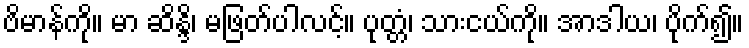
ဗိမာန်ကို။ မာ ဆိန္ဒိ၊ မဖြတ်ပါလင့်။ ပုတ္တံ၊ သားငယ်ကို။ အာဒါယ၊ ပိုက်၍။